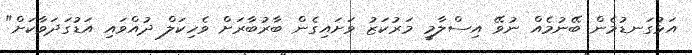
އަޅުގަނޑުމެން ބޭނުމެއް ނުވޭ އިސްލާމީ މަރުކަޒު ވަށައިގެން ބާރުބާރަށް ވެހިކަލް ދުއްވައި އަޑުގަދަވާކަށް"